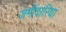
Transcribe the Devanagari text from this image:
जमींदारियां